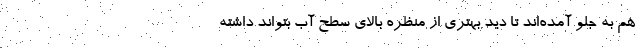
هم به جلو آمده‌اند تا دید بهتری از منظره بالای سطح آب بتواند داشته